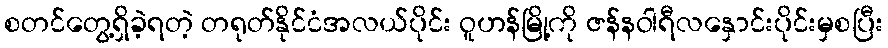
စတင်တွေ့ရှိခဲ့ရတဲ့ တရုတ်နိုင်ငံအလယ်ပိုင်း ဝူဟန်မြို့ကို ဇန်နဝါရီလနှောင်းပိုင်းမှစပြီး